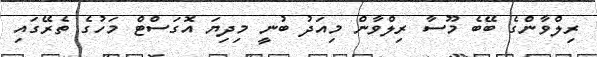
ރިލްވާންގެ ބޭބެ މޫސާ ރިލްވާން މިއަދު ބުނީ މިދިޔަ އޮގަސްޓް މަހުގެ ތެރޭގައި